Indian journal of veterinary science and animal husbandry - Volume 12,
Year: 1942
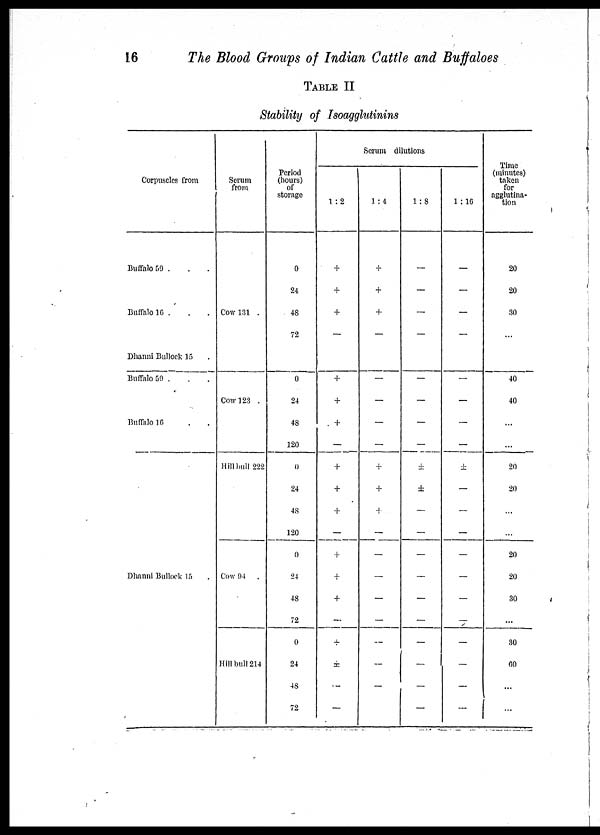
16
The Blood Groups of Indian Cattle and Buffaloes
TABLE II
Stability of Isoagglutinins
Corpuscles from
Buffalo 59 . . .
Buffalo 16 . . .
Dhanni Bullock 15 .
Buffalo 59 . . .
Buffalo 16 . .
Dhanni Bullock 15 .
Serum
from
Cow 131 .
Cow 123 .
Hill bull 222
Cow 94 .
Hill bull 214
Period
(hours)
of
storage
0
24
48
72
0
24
48
120
0
24
48
120
0
24
48
72
0
24
48
72
Serum dilutions
1 : 2
+
+
+
—
+
+
+
—
+
+
+
—
+
+
+
—
+
±
—
—
1 : 4
+
+
+
—
—
—
—
—
+
+
+
—
—
—
—
—
—
—
—
1 : 8
—
—
—
—
—
—
—
—
±
±
—
—
—
—
—
—
—
—
—
—
1 : 16
—
—
—
—
—
—
—
—
±
—
—
—
—
—
—
—
—
—
—
—
Time
(minutes)
taken
for
agglutina-
tion
20
20
30
...
40
40
...
...
20
20
...
...
20
20
30
...
30
60
...
...